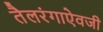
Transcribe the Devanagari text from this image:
तैलरंगाऐवजी